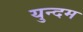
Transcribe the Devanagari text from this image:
युन्दम